Vaccine operations Central Provinces & Berar 1912-1920 - 1912-1920
Year: 1912
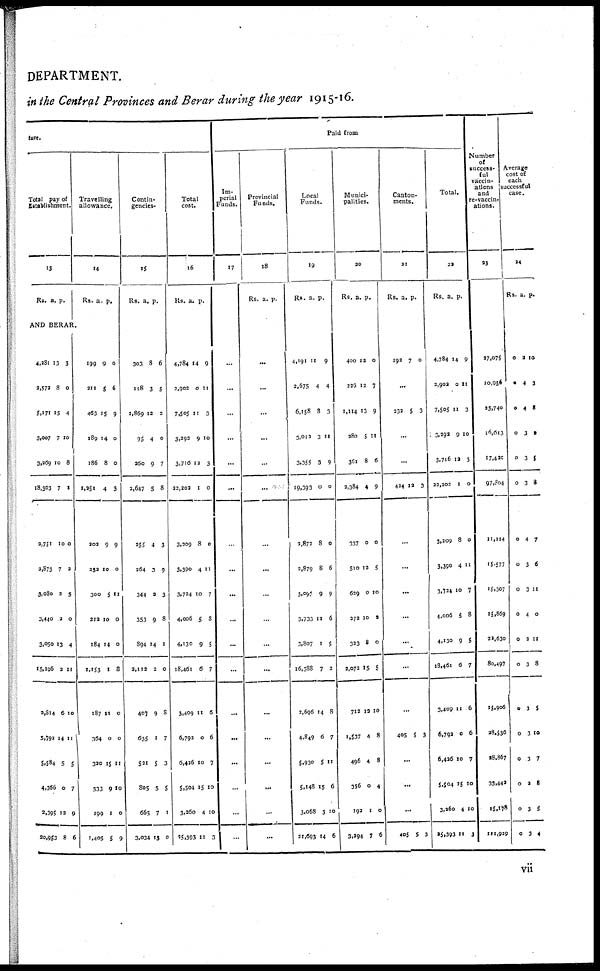
DEPARTMENT.
in the Central Provinces and Berar during the year 1915-16.
ture.
Total pay of
Establishment.
13
Rs. a. p.
AND BERAR
4,281
2,572
5,171
3,007
3,269
18,303
3,751
2,873
3,030
3,440
3,050
15,196
2,814
5,792
5,584
4,366
2,395
20,953
13
8
15
7
10
7
10
7
2
2
13
2
6
14
5
0
12
8
3
0
4
10
8
1
0
2
5
0
4
11
10
11
5
7
9
6
Travelling
allowance.
14
Rs. a.
p.
190
211
463
189
186
1,251
202
252
300
212
184
1,153
187
364
320
333
199
1,405
9
5
15
14
8
4
9
10
5
10
14
1
11
0
15
9
1
5
0
6
9
0
0
3
9
0
11
0
0
8
0
0
11
10
0
9
Contin-
gencies.
15
Rs. a. p.
303
118
1,869
95
260
2,647
255
264
344
353
894
2,112
407
635
521
805
665
3,034
8
3
12
4
9
5
4
3
2
9
14
2
9
1
5
5
7
13
6
5
3
0
7
8
3
9
3
8
1
0
8
7
3
5
1
0
Total
cost.
16
Rs. a. p.
4,784
2,902
7,505
3,293
3,716
23,202
3,209
3,390
3,734
4,006
4,130
18,461
3,409
6,792
6,426
5,504
3,260
25,393
14
0
11
9
12
1
8
4
10
5
9
6
11
0
10
15
4
11
9
11
3
10
3
0
0
11
7
8
5
7
6
6
7
10
10
3
Paid from
Im-
perial
Funds.
17
...
...
...
...
...
...
...
...
...
...
...
...
...
...
...
...
...
...
Provincial
Funds.
18
Rs. a. p.
...
...
...
...
...
...
...
...
...
...
...
...
...
...
...
...
...
...
Local
Funds.
19
Rs. a.
p.
4,191
2,675
6,158
3,013
3,355
19,393
2,872
2,879
3,095
3,733
3,807
16,388
2,696
4,849
5,930
5,148
3,068
21,693
11
4
8
3
3
0
8
8
9
11
1
7
14
6
5
15
3
14
9
4
3
11
9
0
0
6
9
6
5
2
8
7
11
6
10
6
Munici-
palities.
20
Rs. a. p.
400
226
1,114
280
361
2,384
337
510
629
272
323
2,072
712
1,537
496
356
192
3,294
12
12
13
5
8
4
0
12
0
10
8
15
12
4
4
0
1
7
0
7
9
11
6
9
0
5
10
2
0
5
10
8
8
4
0
6
Canton-
ments.
21
Rs. a.
p.
192 7 0
...
232 5 3
...
...
424 12 3
...
...
...
...
...
...
...
405 5 3
...
...
...
405 5 3
Total.
22
Rs. a.
p.
4,784
2,902
7,505
3,292
3,716
23,202
3,209
3,390
3,734
4,006
4,130
18,461
3,409
6,792
6,426
5,504
3,260
25,393
14
0
11
9
13
1
8
4
10
5
9
6
11
0
10
15
4
11
9
11
3
10
3
0
0
11
7
8
5
7
6
6
7
10
10
3
Number
of
success-
ful
vaccin-
ations
and
re-vaccin-
ations.
23
27,075
10,956
25,740
16,613
17,420
97,804
11,114
15,577
15,307
15,869
22,630
80,497
15,906
28,536
28,867
33,442
15,178
121,929
Average
cost of
each
successful
case.
24
Rs. a. p.
0
*
0
0
0
0
0
0
0
0
0
0
0
0
0
0
0
0
2
4
4
3
3
3
4
3
3
4
2
3
3
3
3
2
3
3
10
3
8
2
5
8
7
6
11
0
11
8
5
10
7
8
5
4
vii